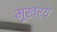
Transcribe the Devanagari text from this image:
मुखर्‍य